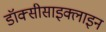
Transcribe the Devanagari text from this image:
डॉक्सीसाइक्लाइन